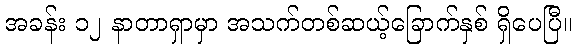
အခန်း ၁၂ နာတာရှာမှာ အသက်တစ်ဆယ့်ခြောက်နှစ် ရှိပေပြီ။